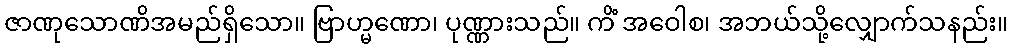
ဇာဏုသောဏိအမည်ရှိသော။ ဗြာဟ္မဏော၊ ပုဏ္ဏားသည်။ ကိံ အဝေါစ၊ အဘယ်သို့လျှောက်သနည်း။